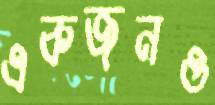
একজনও